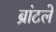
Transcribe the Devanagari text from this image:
ब्रांटले